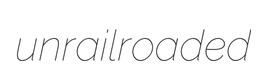
unrailroaded